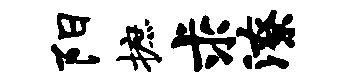
阳摭求潦